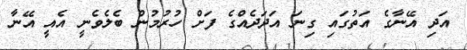
އަދި އޭނާގެ އަތުގައި ގިނަ އަދަދެއްގެ ފަށް ހުރުމުން ބެލެވެނީ އެއީ އޭނާ